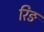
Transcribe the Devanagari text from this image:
रिङ